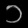
Digit: ၁